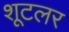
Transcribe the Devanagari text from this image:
शूटलर